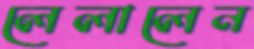
লেলালেন